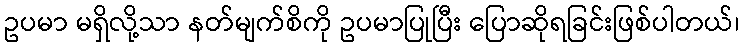
ဥပမာ မရှိလို့သာ နတ်မျက်စိကို ဥပမာပြုပြီး ပြောဆိုရခြင်းဖြစ်ပါတယ်၊